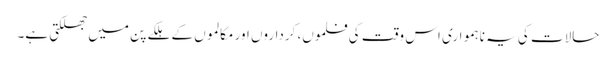
حالات کی یہ ناہمواری اس وقت کی فلموں، کرداروں اور مکالموں کے ہلکے پن میں جھلکتی ہے۔